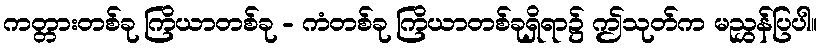
ကတ္တားတစ်ခု ကြိယာတစ်ခု - ကံတစ်ခု ကြိယာတစ်ခုရှိရာ၌ ဤသုတ်က မညွှန်ပြပါ။